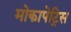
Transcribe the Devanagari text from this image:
मोकापेट्रिस